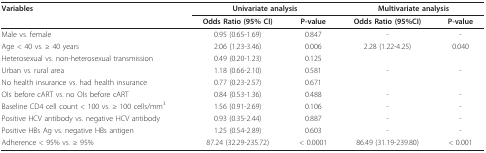
| Variables | <COLSPAN=2> Univariate analysis | <COLSPAN=2> Multivariate analysis |
 |  | Odds Ratio (95% CI) | P-value | Odds Ratio (95%CI) | P-value |
 | --- | --- | --- | --- | --- |
 | Male vs. female | 0.95 (0.65-1.69) | 0.847 | - | - |
 | Age < 40 vs. ≥ 40 years | 2.06 (1.23-3.46) | 0.006 | 2.28 (1.22-4.25) | 0.040 |
 | Heterosexual vs. non-heterosexual transmission | 0.49 (0.20-1.23) | 0.125 |  |  |
 | Urban vs. rural area | 1.18 (0.66-2.10) | 0.581 | - | - |
 | No health insurance vs. had health insurance | 0.77 (0.23-2.57) | 0.671 |  |  |
 | OIs before cART vs. no OIs before cART | 0.84 (0.53-1.36) | 0.488 | - | - |
 | Baseline CD4 cell count < 100 vs. ≥ 100 cells/mm3 | 1.56 (0.91-2.69) | 0.106 | - | - |
 | Positive HCV antibody vs. negative HCV antibody | 0.93 (0.35-2.44) | 0.887 | - | - |
 | Positive HBs Ag vs. negative HBs antigen | 1.25 (0.54-2.89) | 0.603 | - | - |
 | Adherence < 95% vs. ≥ 95% | 87.24 (32.29-235.72) | < 0.0001 | 86.49 (31.19-239.80) | < 0.001 |